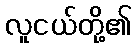
လူငယ်တို့၏